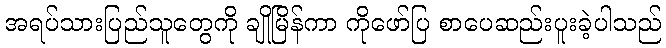
အရပ်သားပြည်သူတွေကို ချိုမြိန်ကာ ကိုဖော်ပြ စာပေဆည်းပူးခဲ့ပါသည်